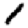
Digit: 1